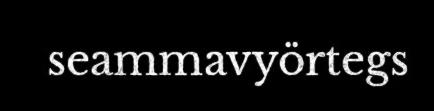
seammavyörtegs